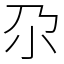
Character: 尕